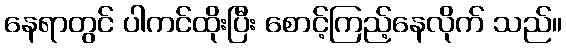
နေရာတွင် ပါကင်ထိုးပြီး စောင့်ကြည့်နေလိုက် သည်။